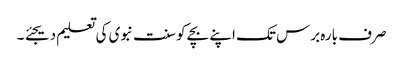
صرف بارہ برس تک اپنے بچے کو سنت نبوی کی تعلیم دیجئے ۔